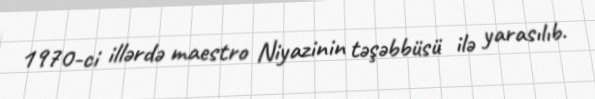
1970-ci illərdə maestro Niyazinin təşəbbüsü ilə yarasılıb.